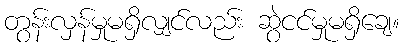
တွန်းလှန်မှုမရှိလျှင်လည်း ဆွဲငင်မှုမရှိချေ။